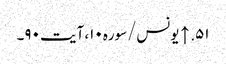
۵۱. ↑ یونس/سوره۱۰، آیت ۹۰۔